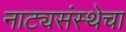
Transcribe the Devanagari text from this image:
नाट्यसंस्थेचा